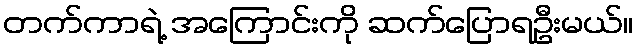
တက်ကာရဲ့ အကြောင်းကို ဆက်ပြောရဦးမယ်။